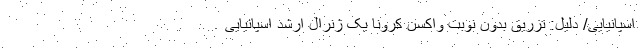
اسپانیایی/ دلیل: تزریق بدون نوبت واکسن کرونا یک ژنرال ارشد اسپانیایی